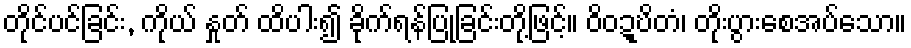
တိုင်ပင်ခြင်း, ကိုယ် နှုတ် ထိပါး၍ ခိုက်ရန်ပြုခြင်းတို့ဖြင့်။ ဝိဝဍ္ဎိတံ၊ တိုးပွားစေအပ်သော။